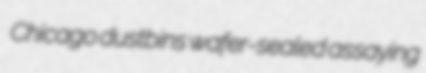
Chicago dustbins wafer-sealed assaying